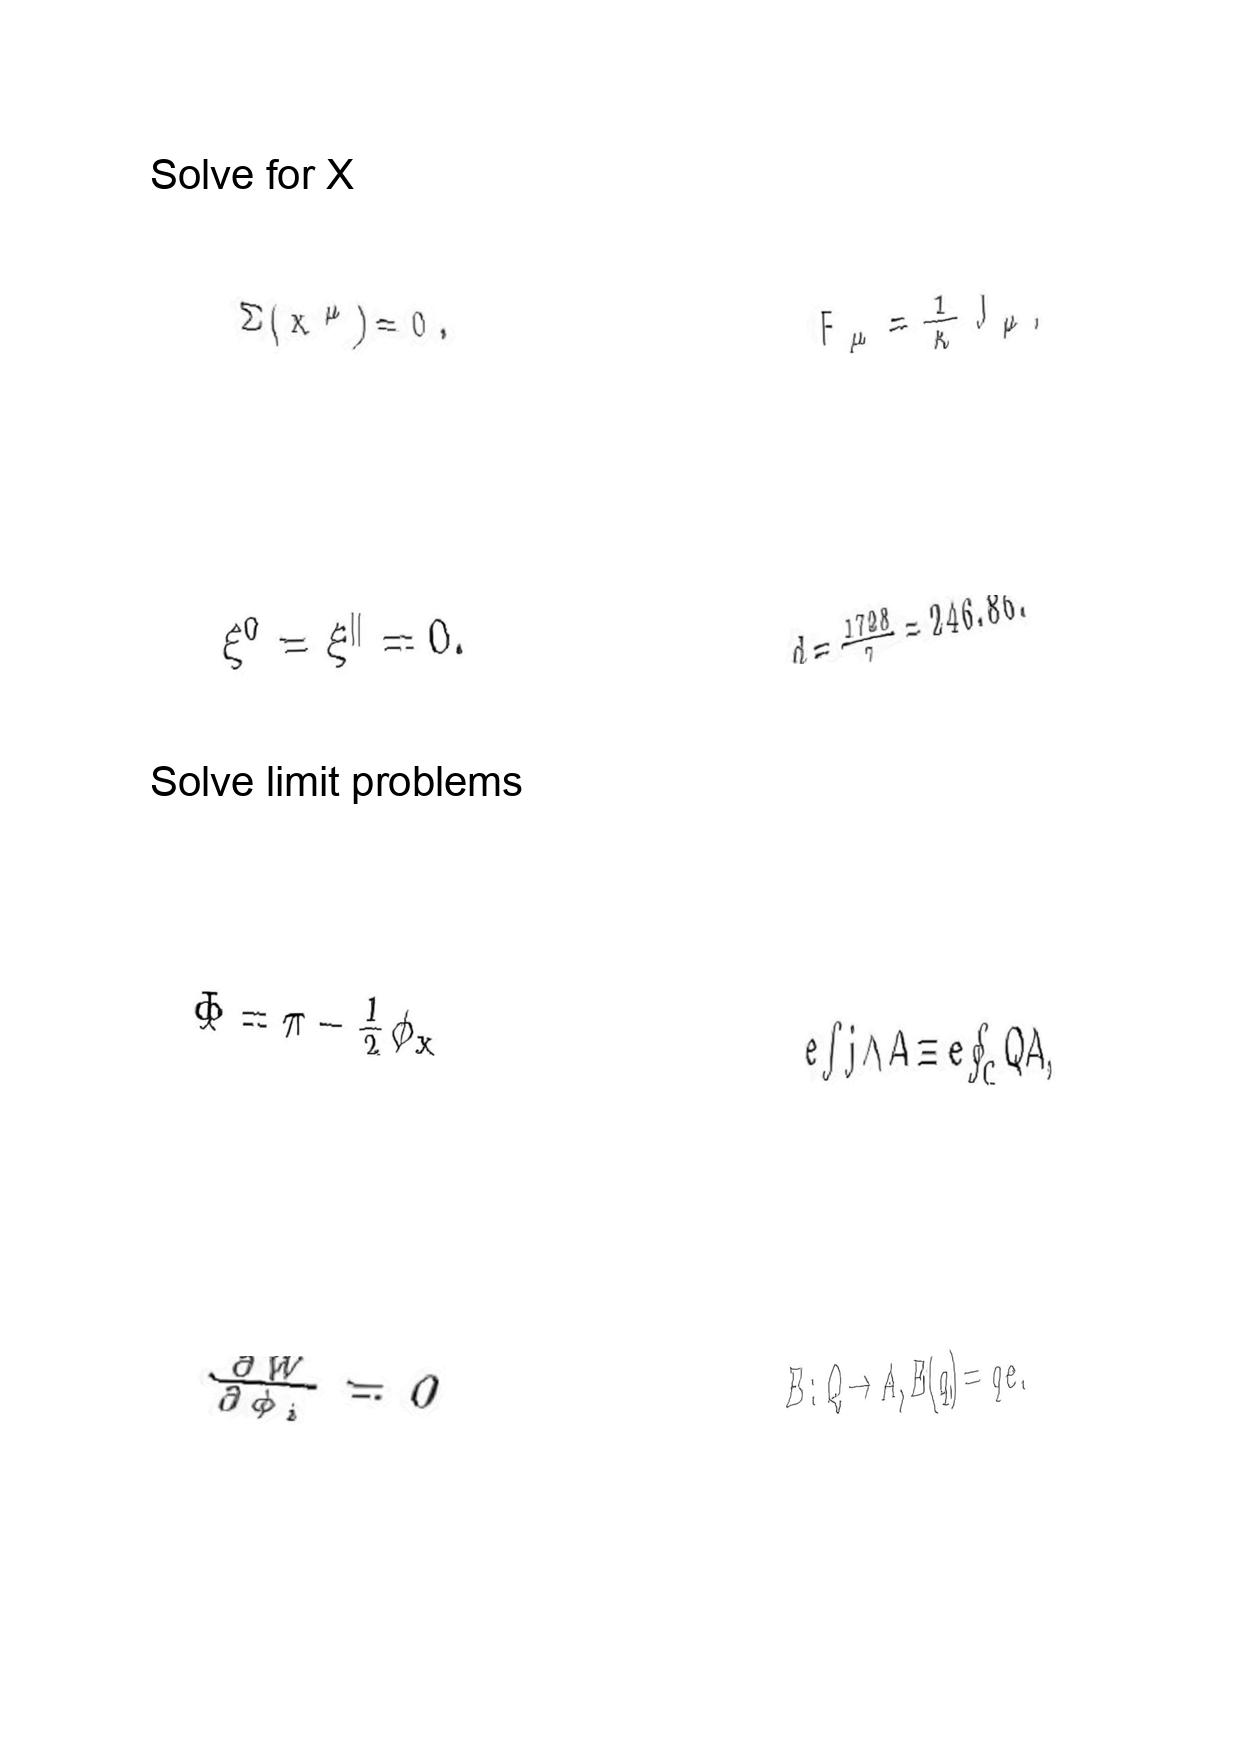
LaTeX transcription:
\Sigma \lparen x ^ { \mu } \rparen = 0 .
\xi ^ { 0 } = \xi ^ { \parallel } = 0 .
\Phi = \pi - \frac { 1 } { 2 } \phi _ { x }
\frac { \partial W } { \partial \phi _ { i } } = 0
F _ { \mu } = \frac { 1 } { \kappa } J _ { \mu } ,
d = \frac { 1 7 2 8 } { 7 } = 2 4 6 . 8 6 .
e \int j \wedge A \equiv e \oint _ { C } Q A ,
E : Q \to A , E \lparen q \rparen = q e .